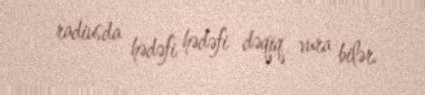
radiusda hədəfi hədəfi dəqiq vura bilər.